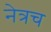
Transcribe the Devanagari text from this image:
नेत्रच